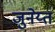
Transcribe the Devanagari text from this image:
जुनेय्त